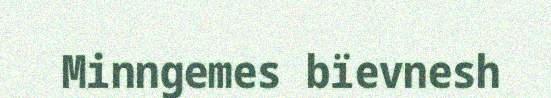
Minngemes bïevnesh